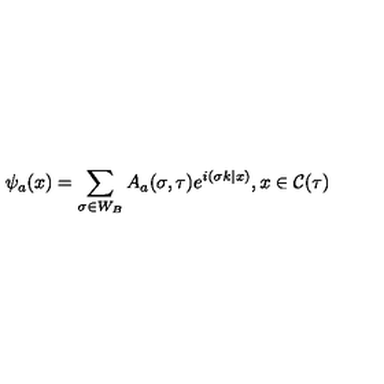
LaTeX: \psi _ { a } ( x ) = \sum _ { \sigma \in W _ { B } } A _ { a } ( \sigma , \tau ) e ^ { i ( \sigma k | x ) } , x \in { \cal C } ( \tau )